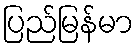
ပြည်မြန်မာ